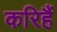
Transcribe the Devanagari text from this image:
करिहैं